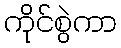
ကိုင်စွဲကာ